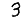
Digit: 3